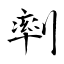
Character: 𠞩